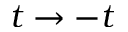
t \rightarrow - t